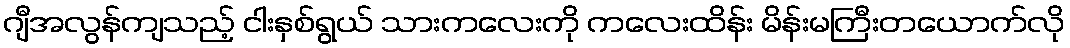
ဂျီအလွန်ကျသည့် ငါးနှစ်ရွယ် သားကလေးကို ကလေးထိန်း မိန်းမကြီးတယောက်လို